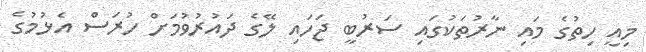
މިއީ ހިތުގެ މައި ނާރުތަކުގައި ސަރުބީ ޖަހައި ލޭގެ ދައުރުވުމަށް ހުރަސް އެޅުމުގެ